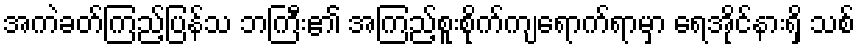
အကဲခတ်ကြည့်ပြန်သ ဘကြီး၏ အကြည့်စူးစိုက်ကျရောက်ရာမှာ ရေအိုင်နားရှိ သစ်